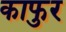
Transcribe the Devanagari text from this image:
काफुर